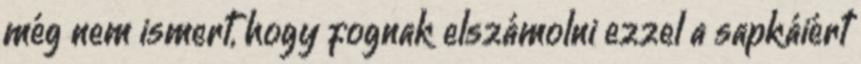
még nem ismert, hogy fognak elszámolni ezzel a sapkáiért